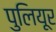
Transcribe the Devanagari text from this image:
पुलियूर